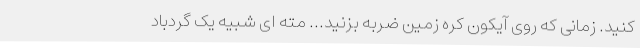
کنید. زمانی که روی آیکون کره زمین ضربه بزنید... مته ای شبیه یک گردباد